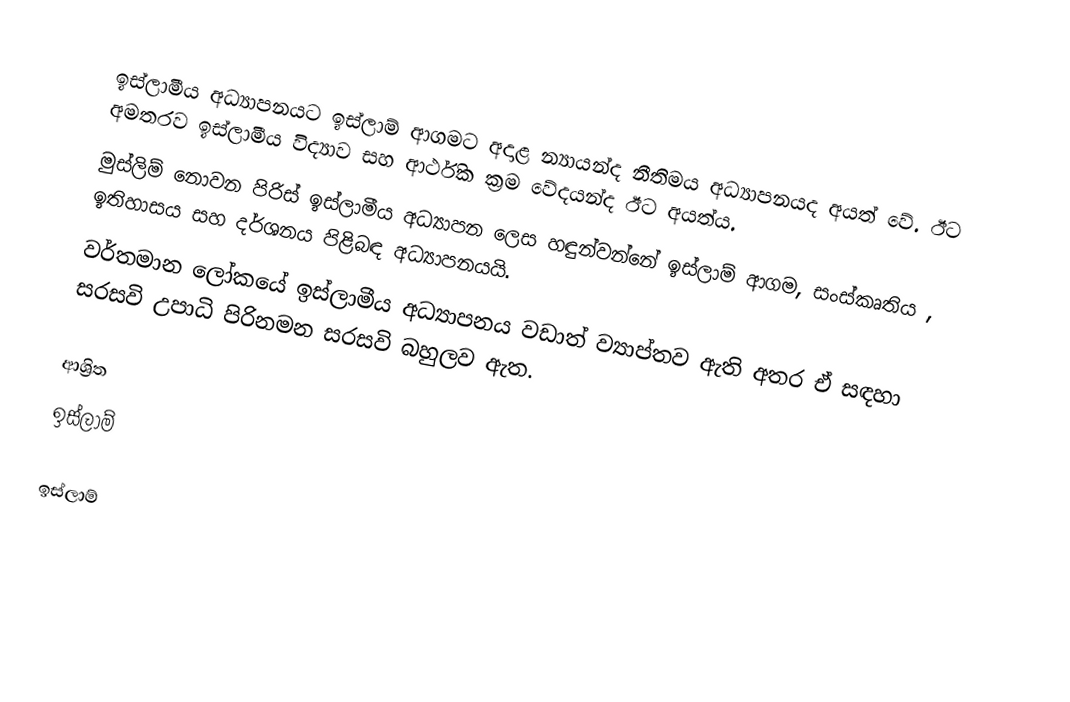
ඉස්ලාමීය අධ්‍යාපනයට ඉස්ලාම් ආගමට අදාළ න්‍යායන්ද නීතිමය අධ්‍යාපනයද අයත් වේ. ඊට අමතරව ඉස්ලාමීය විද්‍යාව සහ ආර්ථික ක‍්‍රම වේදයන්ද ඊට අයත්ය.
මුස්ලිම් නොවන පිරිස් ඉස්ලාමීය අධ්‍යාපන ලෙස හඳුන්වන්නේ ඉස්ලාම් ආගම, සංස්කෘතිය , ඉතිහාසය සහ දර්ශනය පිළිබඳ අධ්‍යාපනයයි.
වර්තමාන ලෝකයේ ඉස්ලාමීය අධ්‍යාපනය වඩාත් ව්‍යාප්තව ඇති අතර ඒ සඳහා සරසවි උපාධි පිරිනමන සරසවි බහුලව ඇත.

ආශ්‍රිත
 ඉස්ලාම්

ඉස්ලාම්